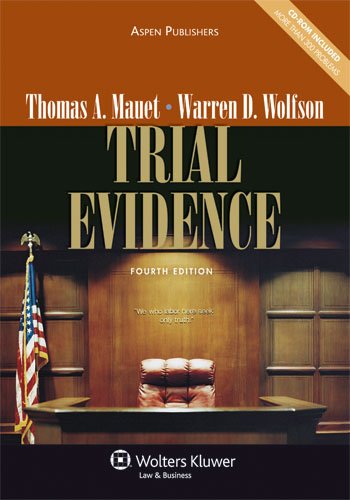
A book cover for Trial Evidence 4e; Professor Thomas A. Mauet; Law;